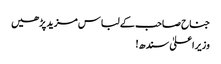
جناح صاحب کے لباس مزید پڑھیں
وزیراعلیٰ سندھ!